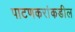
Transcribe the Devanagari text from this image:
पाटणकरांकडील